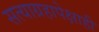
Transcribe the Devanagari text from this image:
सत्याग्रहापेक्षाही